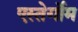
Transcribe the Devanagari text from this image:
एस्तेर्गोम